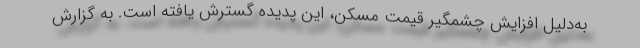
به‌دلیل افزایش چشمگیر قیمت مسکن، این پدیده گسترش یافته است. به گزارش